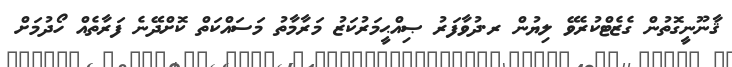
ޤާނޫނީގޮތުން ގެޒެޓްކުރެވޭ ލިޔުން ރ.ދުވާފަރު ޞިއްޙީމަރުކަޒު މަރާމާތު މަސައްކަތް ކޮށްދޭނެ ފަރާތެއް ހޯދުމަށް